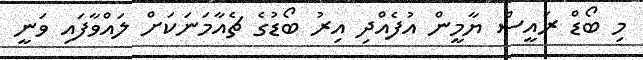
މި ބޯޑް ރައީސް ޔާމީން އުފެއްދި އިރު ބޯޑުގެ ޗެއާމަނަކަށް ލައްވާފައި ވަނީ